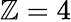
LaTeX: \mathbb{Z}=4